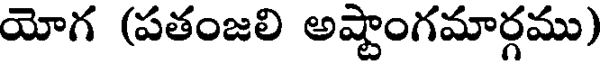
యోగ (పతంజలి అష్టాంగమార్గము)